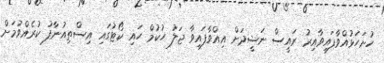
ހުށަހަޅުއްވާފައިވާއިރު ރައީސް ނަޝީދަށް އިއްވާފައިވާ ޖަލު ހުކުމް ހައި ކޯޓުގައި އިސްތިއުނާފު ކުރެއްވުމަށް